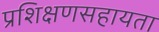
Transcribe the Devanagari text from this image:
प्रशिक्षणसहायता